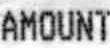
AMOUNT